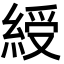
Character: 綬